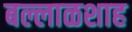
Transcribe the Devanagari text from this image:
बल्लाळशाह